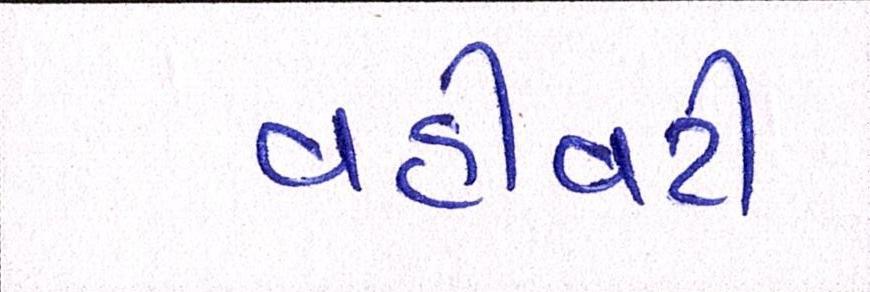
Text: વહીવટી